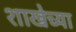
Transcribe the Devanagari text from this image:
शाखेच्‍या